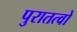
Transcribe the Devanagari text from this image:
पुरातत्वो